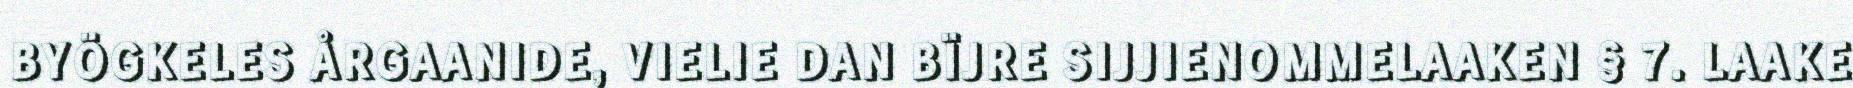
BYÖGKELES ÅRGAANIDE, VIELIE DAN BÏJRE SIJJIENOMMELAAKEN § 7. LAAKE